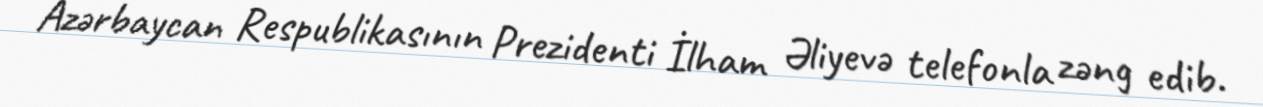
Azərbaycan Respublikasının Prezidenti İlham Əliyevə telefonla zəng edib.